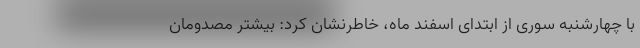
با چهارشنبه سوری از ابتدای اسفند ماه، خاطرنشان کرد: بیشتر مصدومان